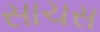
સાચસ